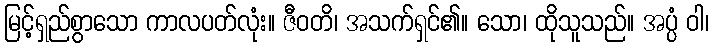
မြင့်ရှည်စွာသော ကာလပတ်လုံး။ ဇီဝတိ၊ အသက်ရှင်၏။ သော၊ ထိုသူသည်။ အပ္ပံ ဝါ၊